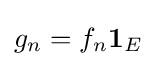
{\textstyle g_{n}=f_{n}\mathbf {1} _{E}}